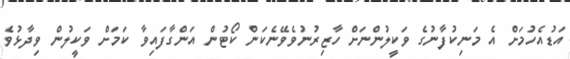
އަޑުއެހުމަށް އެ މަނިކުފާނުގެ ވަކީލުންނަށް ހާޒިރުނުވެވޭނެކަން ކޯޓުން އަންގާފައިވާ ކަމަށް ވަކީލުން ވިދާޅުވެ